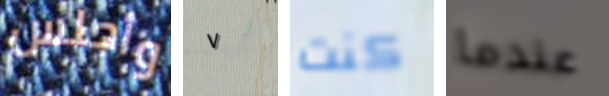
وأجلس ٧ كنت عندما